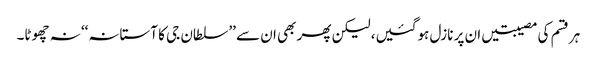
ہر قسم کی مصیبتیں ان پر نازل ہوگئیں، لیکن پھر بھی ان سے ’’سلطان جی کا آستانہ‘‘ نہ چھوٹا۔